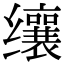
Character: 𬙋